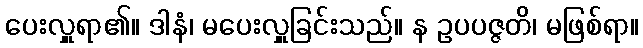
ပေးလှူရာ၏။ ဒါနံ၊ မပေးလှူခြင်းသည်။ န ဥပပဇ္ဇတိ၊ မဖြစ်ရာ။